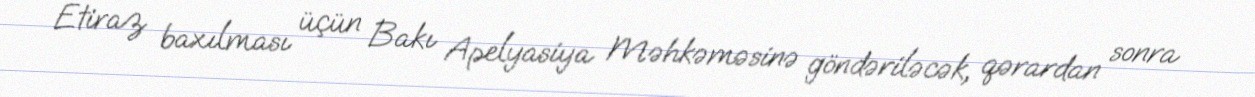
Etiraz baxılması üçün Bakı Apelyasiya Məhkəməsinə göndəriləcək, qərardan sonra